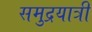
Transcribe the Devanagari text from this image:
समुद्रयात्री